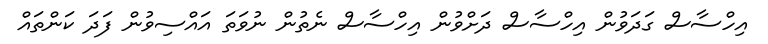
އިހްސާސް ގަދަވުން އިހްސާސް ދަށްވުން އިހްސާސް ނެތުން ނުވަތަ އައްސިވުން ފަދަ ކަންތައް